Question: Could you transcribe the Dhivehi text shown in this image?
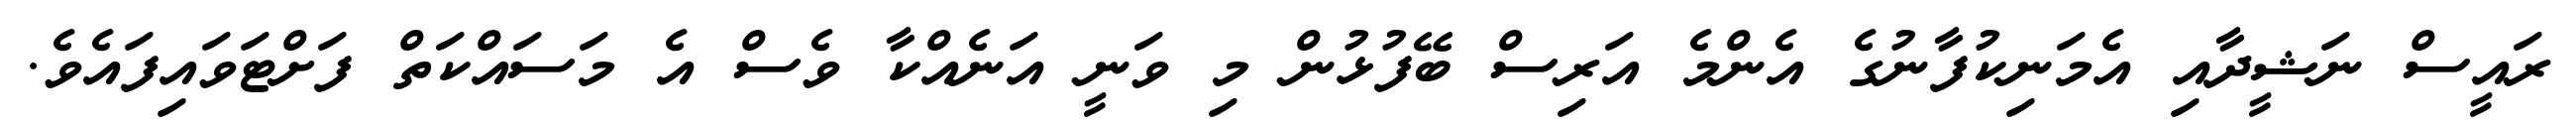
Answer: ރައީސް ނަޝީދާއި އެމަނިކުފާނުގެ އެންމެ އަރިސް ބޭފުޅުން މި ވަނީ އަނެއްކާ ވެސް އެ މަސައްކަތް ފަށްޓަވައިފައެވެ.